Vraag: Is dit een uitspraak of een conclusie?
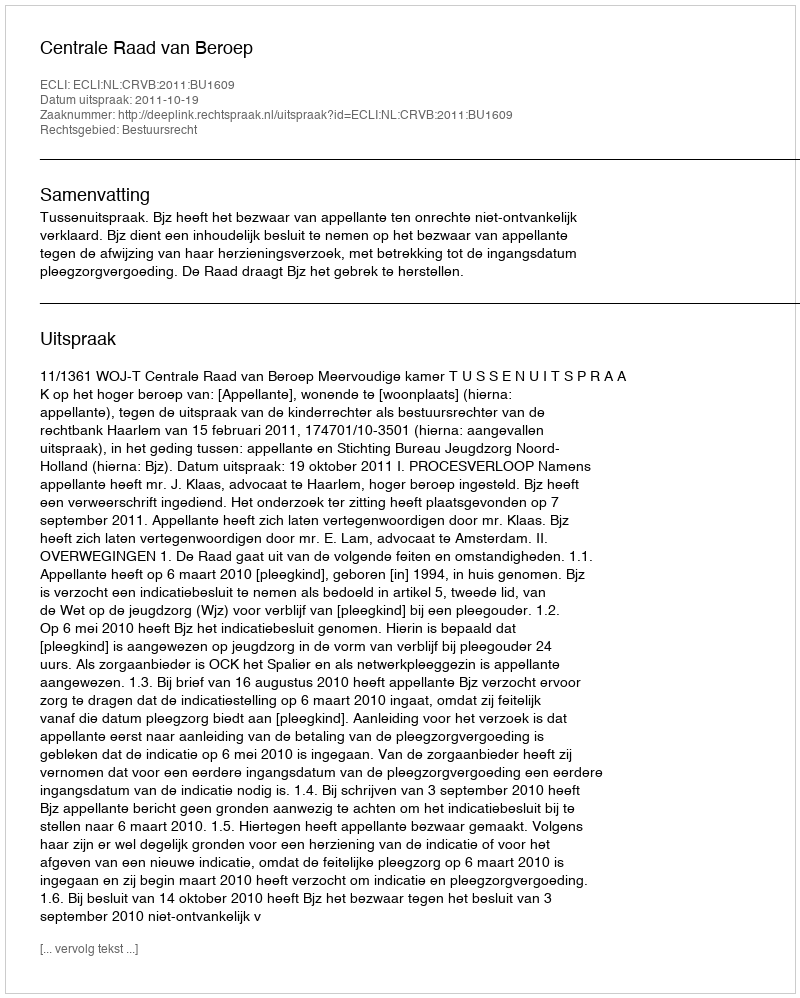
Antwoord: Uitspraak